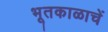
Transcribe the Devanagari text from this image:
भूतकाळाचें